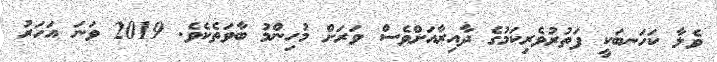
ވެލާ ކަހަނބަކީ ފަތުރުވެރިކަމުގެ ދާއިރާއަށްވެސް ވަރަށް މުހިންމު ބާވަތެކެވެ. 2019 ވަނަ އަހަރު